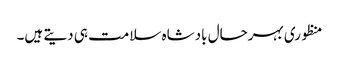
منظوری بہرحال بادشاہ سلامت ہی دیتے ہیں۔